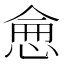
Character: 𢜒